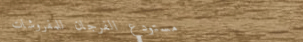
مستودع الفرجان للمفروشات